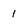
Character: 1